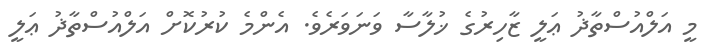
މީ އަލްއުސްތާޛު ޢަލީ ޒާހިރުގެ ޚުލާސާ ވަނަވަރެވެ. އެންމެ ކުރުކޮށް އަލްއުސްތާޛު ޢަލީ